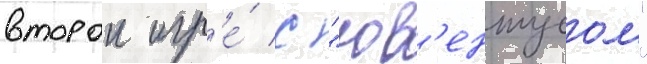
второи игр'е́ с "юв'ентусом"